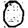
Digit: 0